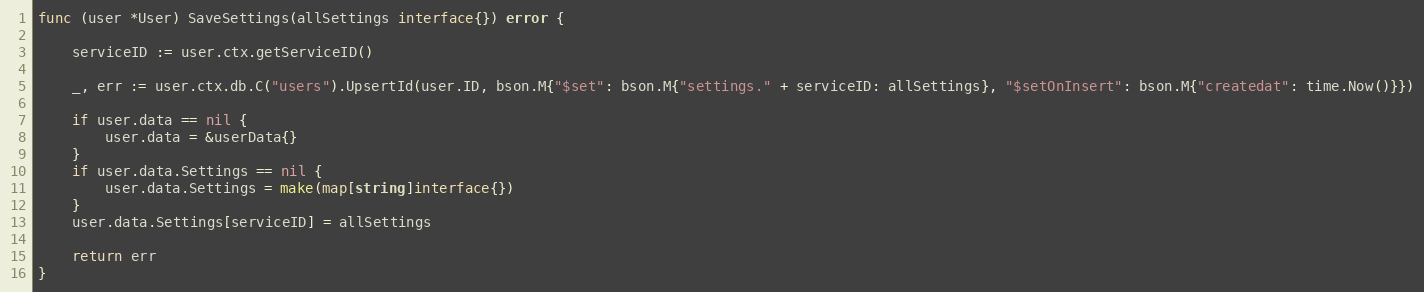
Language: Go
func (user *User) SaveSettings(allSettings interface{}) error {

	serviceID := user.ctx.getServiceID()

	_, err := user.ctx.db.C("users").UpsertId(user.ID, bson.M{"$set": bson.M{"settings." + serviceID: allSettings}, "$setOnInsert": bson.M{"createdat": time.Now()}})

	if user.data == nil {
		user.data = &userData{}
	}
	if user.data.Settings == nil {
		user.data.Settings = make(map[string]interface{})
	}
	user.data.Settings[serviceID] = allSettings

	return err
}